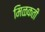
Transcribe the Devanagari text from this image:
मिळकती